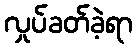
လှုပ်ခတ်ခဲ့ရာ